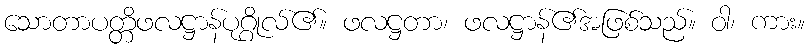
သောတာပတ္တိဖလဋ္ဌာန်ပုဂ္ဂိုလ်၏။ ဖလဋ္ဌတာ၊ ဖလဋ္ဌာန်၏အဖြစ်သည်။ ဝါ၊ ကား။